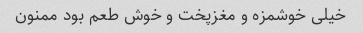
خیلی خوشمزه و مغزپخت و خوش طعم بود ممنون